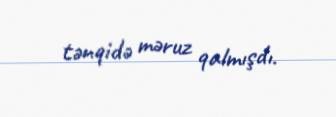
tənqidə məruz qalmışdı.